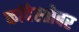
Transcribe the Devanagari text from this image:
कांदेस्तोबर